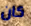
كان